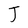
Character: J